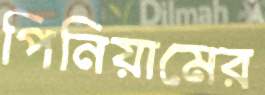
পিনিয়ামের